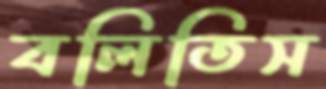
বলিতিস